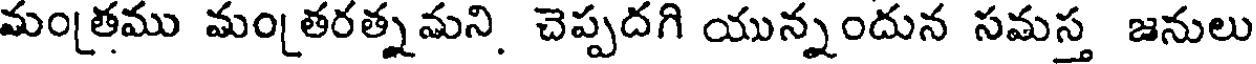
మంత్రము మంతరత్నమని, చెప్పదగి యున్నందున సమస్త జనులు